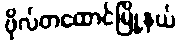
ဗိုလ်တထောင်မြို့နယ်